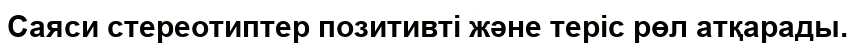
Саяси стереотиптер позитивті және теріс рөл атқарады.